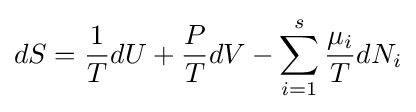
dS={\frac {1}{T}}dU+{\frac {P}{T}}dV-\sum _{i=1}^{s}{\frac {\mu _{i}}{T}}dN_{i}